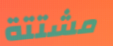
مشتتة